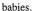
babies.